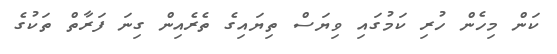
ކަން މިހެން ހުރި ކަމުގައި ވިޔަސް ތިޔައިގެ ތެރެއިން ގިނަ ފަރާތް ތަކުގެ